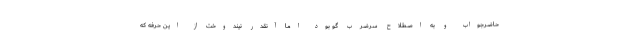
حاضرجواب و به اصطلاح سرضرب گو بود اما آنقدر نیندوخت از این حرفه که